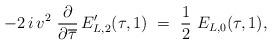
LaTeX: \begin{align*}- 2 \, i \, v^2 \ \frac{\partial}{\partial \overline{\tau}} \, E'_{L,2}(\tau, 1) \ = \ \frac12 \ E_{L,0}(\tau, 1) ,\end{align*}